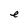
Character: e